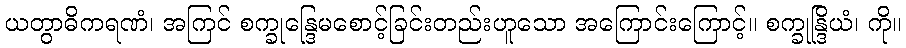
ယတွာဓိကရဏံ၊ အကြင် စက္ခုန္ဒြေမစောင့်ခြင်းတည်းဟူသော အကြောင်းကြောင့်။ စက္ခုန္ဒြိယံ၊ ကို။